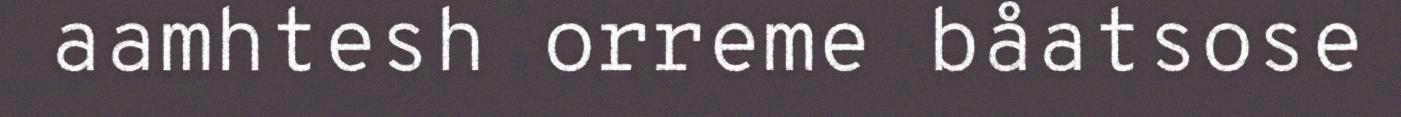
aamhtesh orreme båatsose